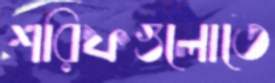
শরিফগুলোতে